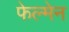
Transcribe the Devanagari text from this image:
फेल्मेन